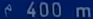
^{\mathrm{~e~}}4